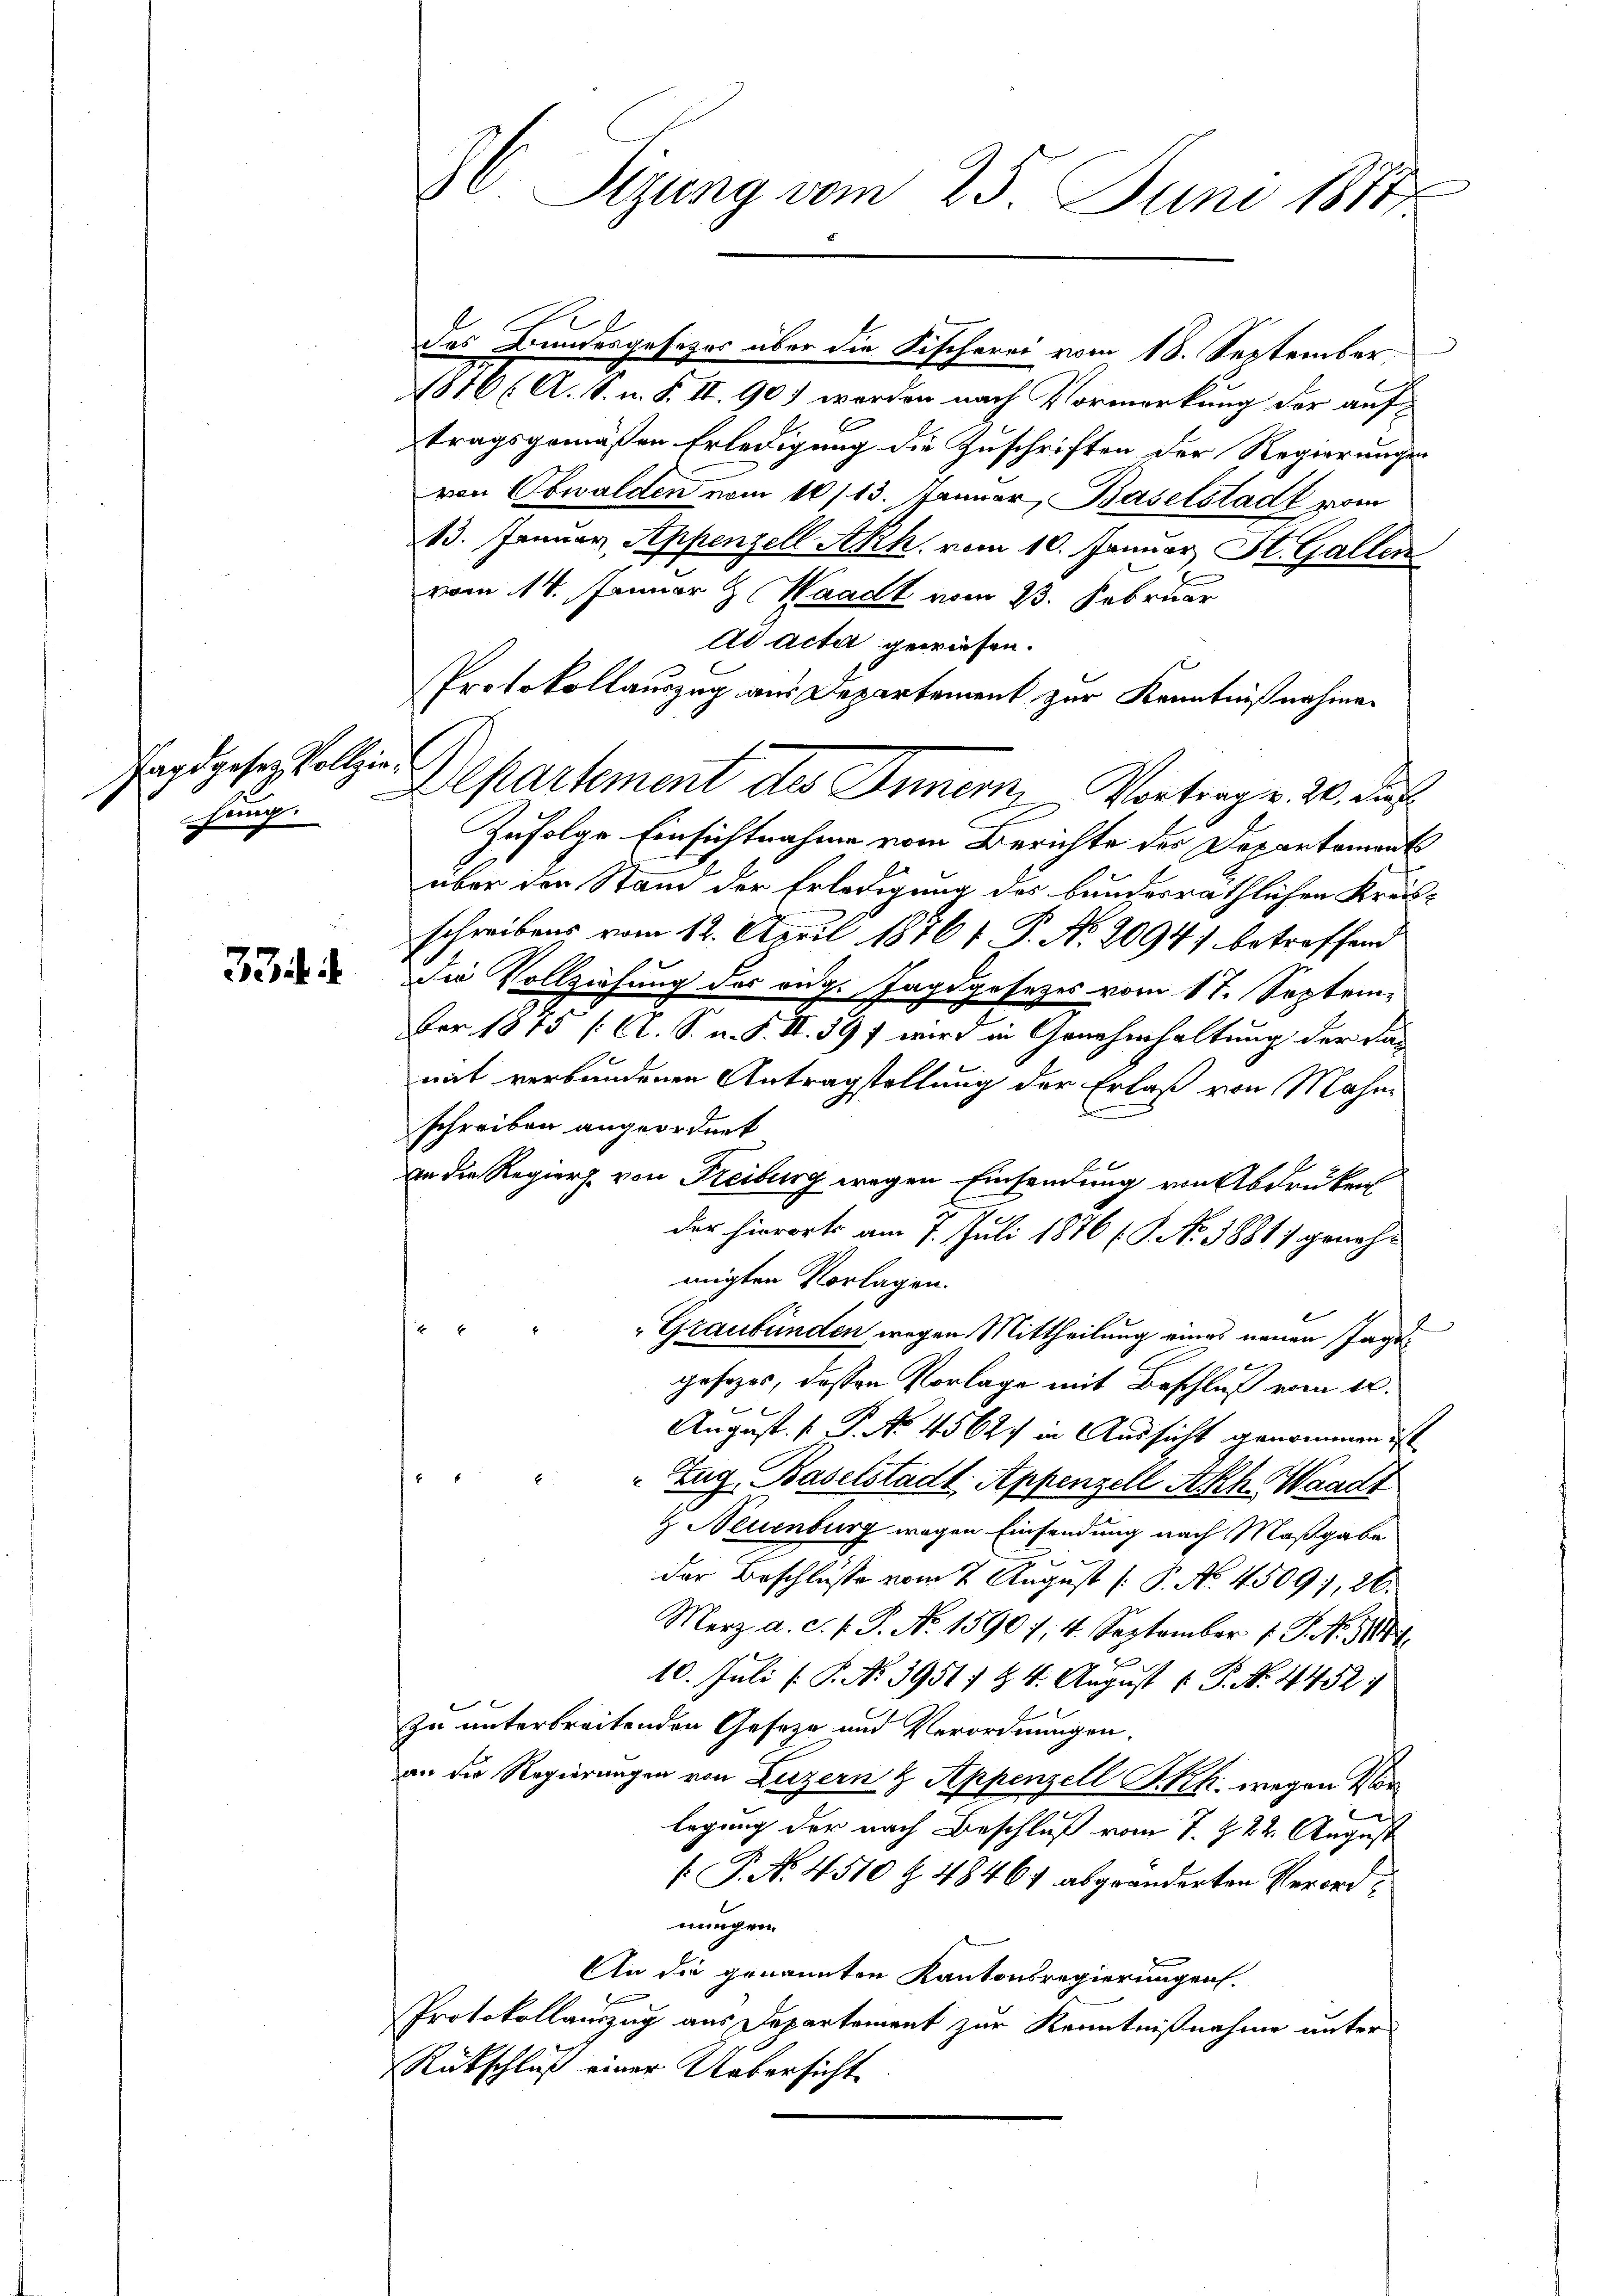
Jagdgeses Vollziehung.

334

86. Sizung vom 25. Juni 1871

816 (A. S. n. F. II. 90.) werden nach Vormerkung der auftragsgemäßen Erledigung die Zuschriften der Regierungen
von Obwalden vom 10/13. Januar, Baselstadt vom
13. Januar, Appenzell Akk. vom 10. Januar St. Gallen
vom 14. Januar & Waadt vom 23. Februar
Ad Acta gewiesen.
Protokollauszug aus Departement zur Kenntnißnahmen
Zufolge Einsichtnahme vom Berichte des Departament
über den Stand der Erledigung des bundesräthlichen Kreisschreibens vom 12. April 18761. P. No. 2094) betreffend
die Vollziehung des eidg. Jagdgesezes vom 17. September 1875 / Al. S. n. F. II. 39 f wird in Genehmhaltung der dan
mit verbundenen Antragstellung der Erlaß von Mahnschreiben angeordnet
an die Regier von Reiburg wegen Einsendung von Abdrukens
der hierorts am 7. Juli 1876 (S. Nr. 38811 genehmigten Vorlagen.
 x
Graubünden wegen Mittheilung eines neuen Tage
gesezes, dessen Vorlage mit Beschluß vom 10.
6
Augast. P. No. 4562. in Aussicht genommen ist

 Zug, Baselstadt, Appenzell Akh Waadt
 Neuenburg wegen Einsendung nach Maßgabe
der Beschlüsse vom 7. August [ P. No. 45091, 26.
Merz a. c. s. S. N. 1590 /, 4. September 1 S. No. 1888
10. Juli [ P. No 39517 & 4. August [ P. N. 4452.

zu unterbreitenden Geseze und Verordnungen.
an die Regierungen von Luzern & Appenzell I.Rh. wegen Vorlegung der nach Beschluß vom 7. Z. 22. August
[P. No. 4510 Z. 48467 abgeänderten Verordnungen.
An die genannten Kantonsregierungen.
.
Protokollauszug aus Departement zur Kenntnißnahme unter
Rückschluß einer Uebersicht

Departement des Innern, Vortragen. 20. dur

des Bundesgesezes über die Fischerei vom 18. September